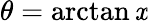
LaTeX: \theta=\arctan\mathit{x}